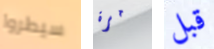
سيطروا مرة قبل